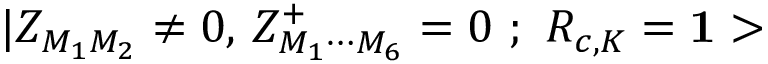
| Z _ { M _ { 1 } M _ { 2 } } \neq 0 , \, Z _ { M _ { 1 } \cdots M _ { 6 } } ^ { + } = 0 \, \, ; \, \, R _ { c , K } = { \bf 1 > }